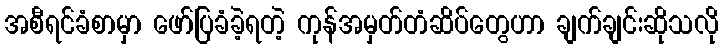
အစီရင်ခံစာမှာ ဖော်ပြခံခဲ့ရတဲ့ ကုန်အမှတ်တံဆိပ်တွေဟာ ချက်ချင်းဆိုသလို